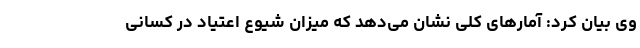
وی بیان کرد: آمارهای کلی نشان می‌دهد که میزان شیوع اعتیاد در کسانی